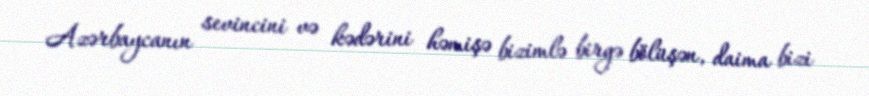
Azərbaycanın sevincini və kədərini həmişə bizimlə birgə bölüşən, daima bizi